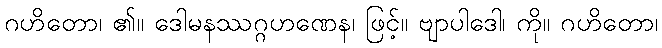
ဂဟိတော၊ ၏။ ဒေါမနဿဂ္ဂဟဏေန၊ ဖြင့်။ ဗျာပါဒေါ၊ ကို။ ဂဟိတော၊